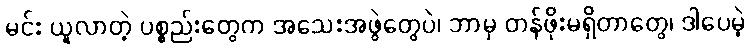
မင်း ယူလာတဲ့ ပစ္စည်းတွေက အသေးအဖွဲတွေပဲ၊ ဘာမှ တန်ဖိုးမရှိတာတွေ၊ ဒါပေမဲ့